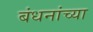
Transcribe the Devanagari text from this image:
बंधनांच्या